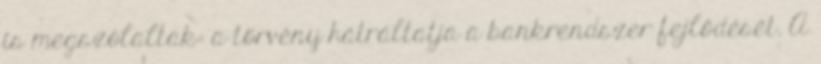
is megszólaltak: a törvény hátráltatja a bankrendszer fejlődését. A